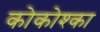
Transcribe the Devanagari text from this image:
कोकोश्का